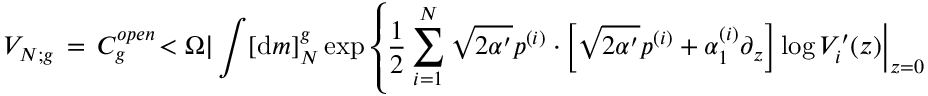
{ \cal V } _ { N ; g } \, = \, { \cal C } _ { g } ^ { o p e n } \! < \Omega | \int [ { \mathrm { d } } m ] _ { N } ^ { g } \exp \left\{ \frac { 1 } { 2 } \sum _ { i = 1 } ^ { N } \sqrt { 2 \alpha ^ { \prime } } p ^ { ( i ) } \cdot \left. \! \left[ \sqrt { 2 \alpha ^ { \prime } } p ^ { ( i ) } + { \alpha } _ { 1 } ^ { ( i ) } \partial _ { z } \right] \log V _ { i } ^ { \prime } ( z ) \right| _ { z = 0 } \right\}